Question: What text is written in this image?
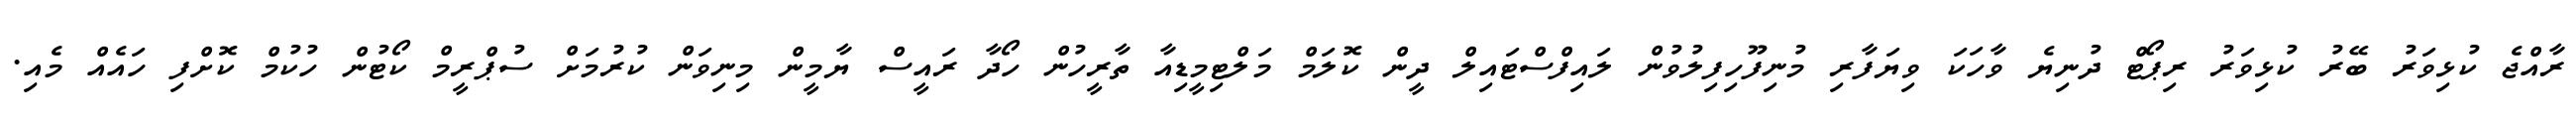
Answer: ރާއްޖެ ކުޅިވަރު ބޭރު ކުޅިވަރު ރިޕޯޓް ދުނިޔެ ވާހަކަ ވިޔަފާރި މުނިފޫހިފިލުވުން ލައިފްސްޓައިލް ދީން ކޮލަމް މަލްޓިމީޑިއާ ތާރީހުން ހޯދާ ރައީސް ޔާމީން މިނިވަން ކުރުމަށް ސުޕްރީމް ކޯޓުން ހުކުމް ކޮށްފި ހައެއް މެއި.